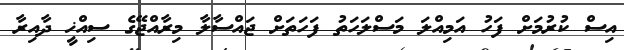
އިސް ކުރުމަށް ފަހު އަމިއްލަ މަސްލަހަތު ފަހަތަށް ޖައްސާލާ މިރާއްޖޭގެ ސިއްޚީ ދާއިރާ